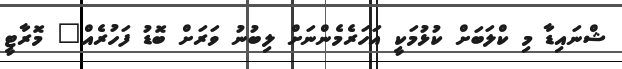
ޝްނައިޑާ މި ކްލަބަށް ކުޅުމަކީ އަހަރެމެންނަށް ލިބުނު ވަރަށް ބޮޑު ފަހުރެއް" މޮރާޓީ